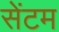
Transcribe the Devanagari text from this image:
सेंटम